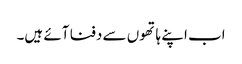
اب اپنے ہاتھوں سے دفنا آئے ہیں۔